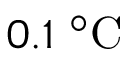
0 . 1 ~ ^ { \circ } \mathrm { C }